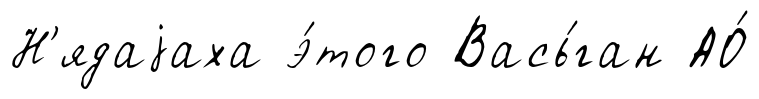
Н'ядаjаха э́того Вась́ган АО́